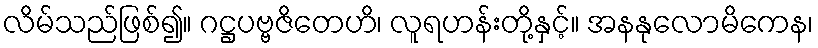
လိမ်သည်ဖြစ်၍။ ဂဋ္ဌပဗ္ဗဇိတေဟိ၊ လူရဟန်းတို့နှင့်။ အနနုလောမိကေန၊